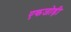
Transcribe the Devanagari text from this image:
एकजोड़ी